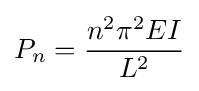
P_{n}={\frac {n^{2}\pi ^{2}EI}{L^{2}}}